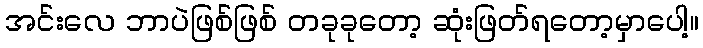
အင်းလေ ဘာပဲဖြစ်ဖြစ် တခုခုတော့ ဆုံးဖြတ်ရတော့မှာပေါ့။